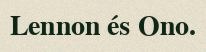
Lennon és Ono.